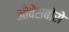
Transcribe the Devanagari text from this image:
ओवेंसबोरो